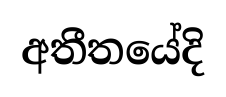
අතීතයේදි